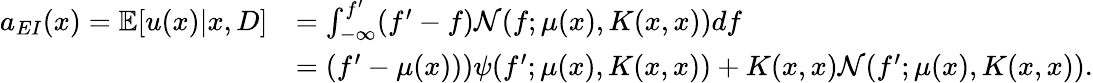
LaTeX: \begin{array}{rl}{a_{EI}(x)=\mathbb{E}[u(x)|x,D]}&{=\int_{-\infty}^{f^{\prime}}(f^{\prime}-f)\mathcal{N}(f;\mu(x),K(x,x))df}\\ &{=(f^{\prime}-\mu(x)))\psi(f^{\prime};\mu(x),K(x,x))+K(x,x)\mathcal{N}(f^{\prime};\mu(x),K(x,x)).}\end{array}